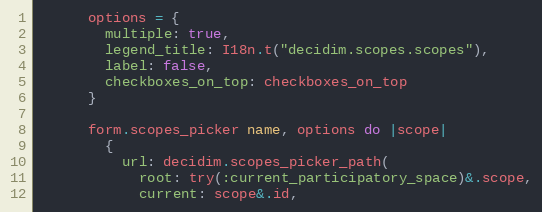
Language: Ruby
      options = {
        multiple: true,
        legend_title: I18n.t("decidim.scopes.scopes"),
        label: false,
        checkboxes_on_top: checkboxes_on_top
      }

      form.scopes_picker name, options do |scope|
        {
          url: decidim.scopes_picker_path(
            root: try(:current_participatory_space)&.scope,
            current: scope&.id,